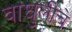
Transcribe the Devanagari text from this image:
वाघुलीचे